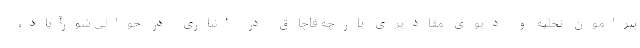
پیرامون تخلیه و دپوی مقادیری پارچه قاچاق در انباری در حوالی شورآباد،